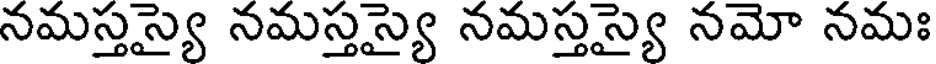
నమస్తస్యై నమస్తస్యై నమస్తస్యై నమో నమః